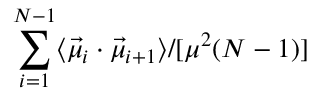
\sum _ { i = 1 } ^ { N - 1 } \langle \vec { \mu } _ { i } \cdot \vec { \mu } _ { i + 1 } \rangle / [ \mu ^ { 2 } ( N - 1 ) ]